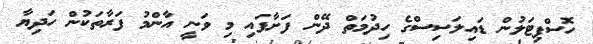
ހޮސްޕިޓަލުން ޑައިލަސިސްގެ ހިދުމަތް ދޭން ފަށާފައި މި ވަނީ އާންމު ފަރާތަކުން ހަދިޔާ